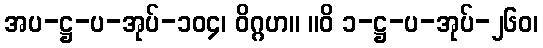
အပ-ဋ္ဌ-ပ-အုပ်-၁၀၄၊ ဝိဂ္ဂဟ။ ။ဝိ ၁-ဋ္ဌ-ပ-အုပ်-၂၆၀၊